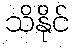
သိနိုင်